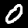
Label: 0